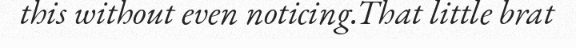
this without even noticing.That little brat